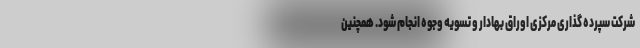
شرکت سپرده گذاری مرکزی اوراق بهادار و تسویه وجوه انجام شود. همچنین